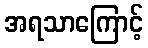
အရသာကြောင့်